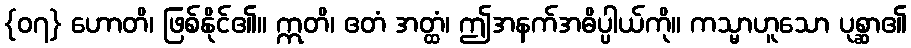
{၀၇} ဟောတိ၊ ဖြစ်နိုင်၏။ ဣတိ၊ ဧတံ အတ္ထံ၊ ဤအနက်အဓိပ္ပါယ်ကို။ ကသ္မာဟူသော ပုစ္ဆာ၏